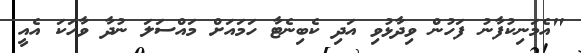
"އެމަނިކުފާނު ފަހުން ވިދާޅުވި އަދި ކެބިނެޓާ ހަމައަށް މައްސަލަ ނުދާ ވާހަކަ އެއީ